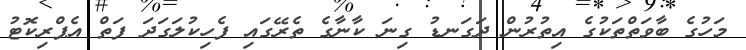
މަހުގެ ބާވަތްތަކުގެ އިތުރުން ދަގަނޑު ގިނަ ކާނާގެ ތެރޭގައި ފެހިކުލަގަދަ ފަތް އެޕްރިކޮޓު